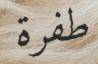
طفرة